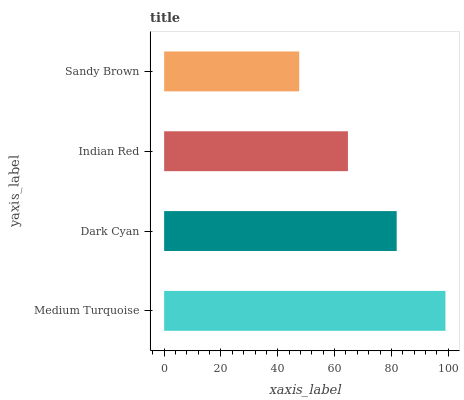
| yaxis_label | bars |
 | --- | --- |
 | Medium Turquoise | 99 |
 | Dark Cyan | 81.8 |
 | Indian Red | 64.7 |
 | Sandy Brown | 47.5 |